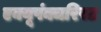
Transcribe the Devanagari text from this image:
एक्यूपंक्चरिस्ट